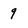
Character: 9